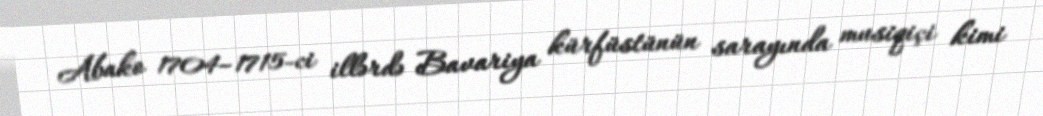
Abako 1704–1715-ci illərdə Bavariya kürfüstünün sarayında musiqiçi kimi